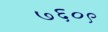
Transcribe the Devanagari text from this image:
७६०९